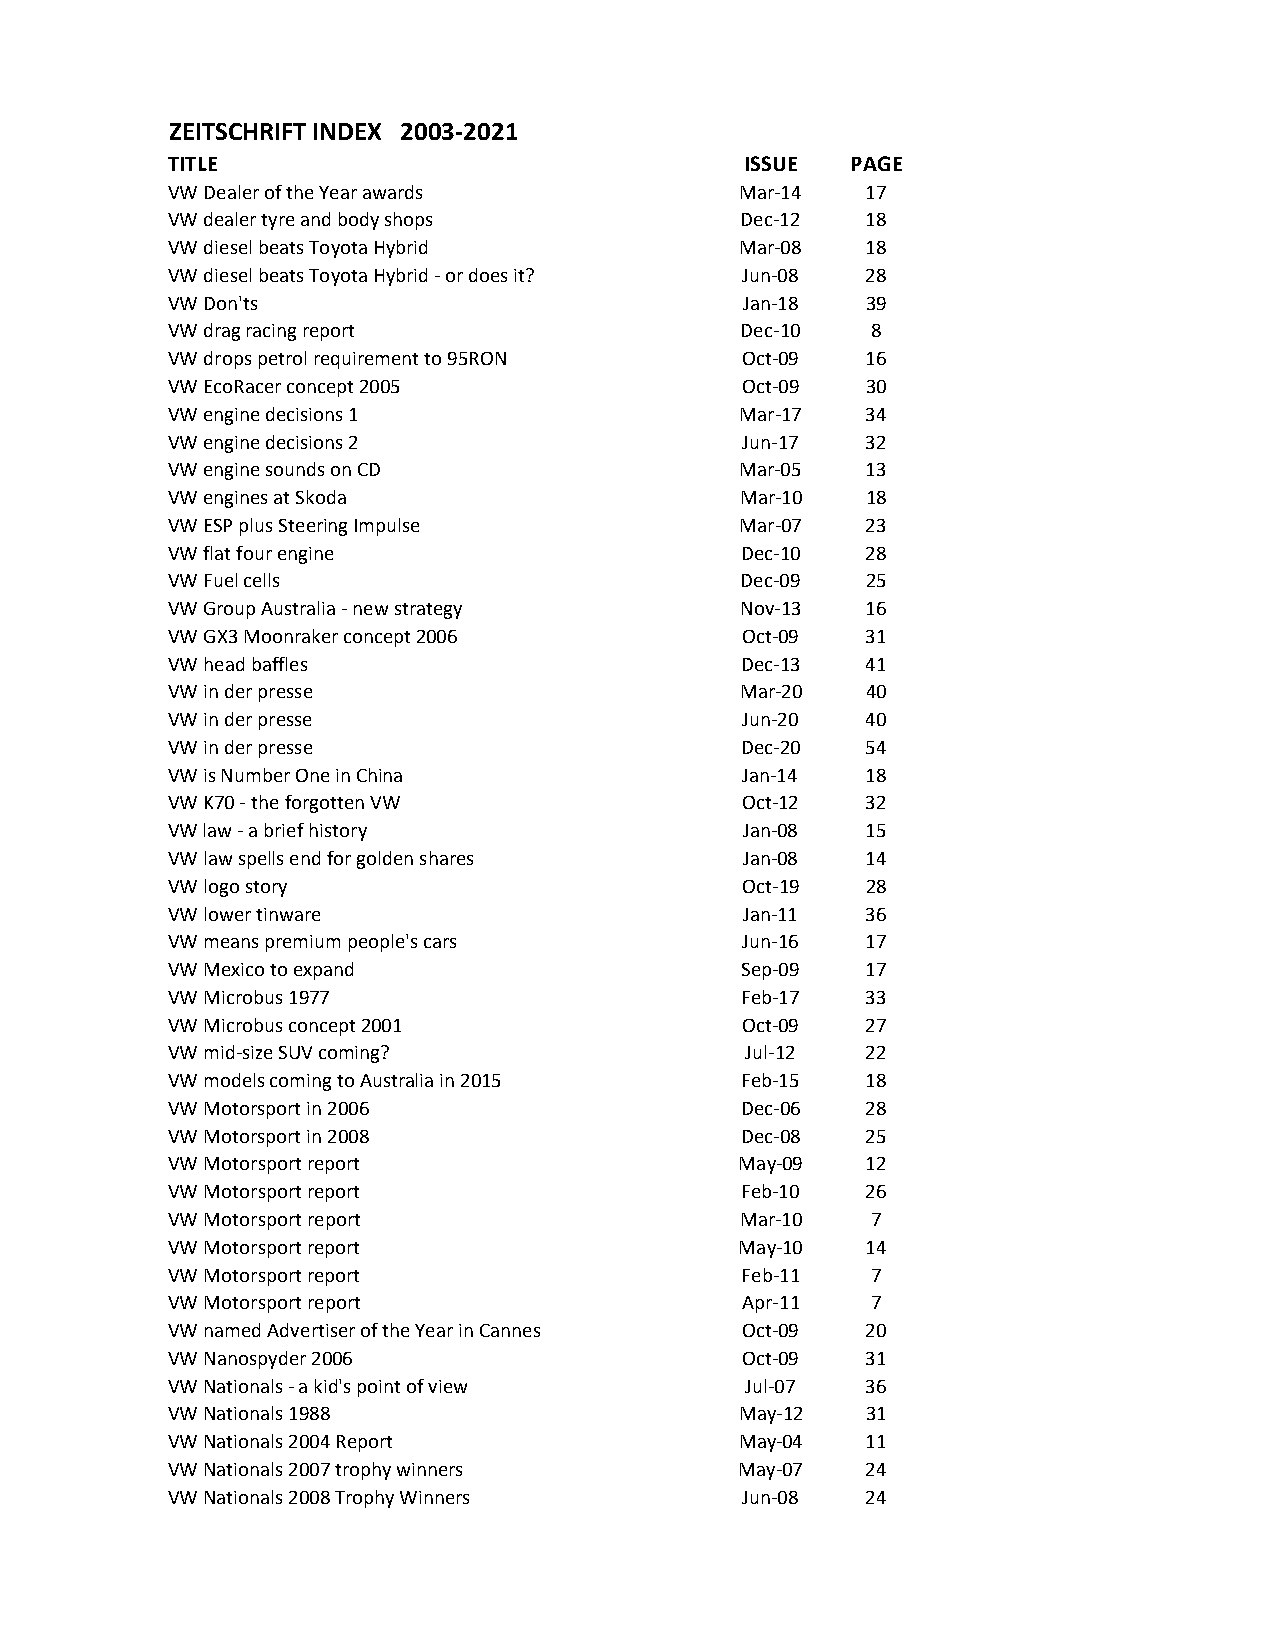
ZEITSCHRIFT INDEX 2003-2021
 TITLE                                 ISSUE  PAGE
 VW Dealer of the Year awards          Mar-14  17
 VW dealer tyre and body shops         Dec-12  18
 VW diesel beats Toyota Hybrid         Mar-08  18
 VW diesel beats Toyota Hybrid - or does it? Jun-08 28
 VW Don'ts                             Jan-18  39
 VW drag racing report                 Dec-10   8
 VW drops petrol requirement to 95RON  Oct-09  16
 VW EcoRacer concept 2005              Oct-09  30
 VW engine decisions 1                 Mar-17  34
 VW engine decisions 2                 Jun-17  32
 VW engine sounds on CD                Mar-05  13
 VW engines at Skoda                   Mar-10  18
 VW ESP plus Steering Impulse          Mar-07  23
 VW flat four engine                   Dec-10  28
 VW Fuel cells                         Dec-09  25
 VW Group Australia - new strategy     Nov-13  16
 VW GX3 Moonraker concept 2006         Oct-09  31
 VW head baffles                       Dec-13  41
 VW in der presse                      Mar-20  40
 VW in der presse                      Jun-20  40
 VW in der presse                      Dec-20  54
 VW is Number One in China             Jan-14  18
 VW K70 - the forgotten VW             Oct-12  32
 VW law - a brief history              Jan-08  15
 VW law spells end for golden shares   Jan-08  14
 VW logo story                         Oct-19  28
 VW lower tinware                      Jan-11  36
 VW means premium people's cars        Jun-16  17
 VW Mexico to expand                   Sep-09  17
 VW Microbus 1977                      Feb-17  33
 VW Microbus concept 2001              Oct-09  27
 VW mid-size SUV coming?               Jul-12  22
 VW models coming to Australia in 2015 Feb-15  18
 VW Motorsport in 2006                 Dec-06  28
 VW Motorsport in 2008                 Dec-08  25
 VW Motorsport report                  May-09  12
 VW Motorsport report                  Feb-10  26
 VW Motorsport report                  Mar-10   7
 VW Motorsport report                  May-10  14
 VW Motorsport report                  Feb-11   7
 VW Motorsport report                  Apr-11   7
 VW named Advertiser of the Year in Cannes Oct-09 20
 VW Nanospyder 2006                    Oct-09  31
 VW Nationals - a kid's point of view  Jul-07  36
 VW Nationals 1988                     May-12  31
 VW Nationals 2004 Report              May-04  11
 VW Nationals 2007 trophy winners      May-07  24
 VW Nationals 2008 Trophy Winners      Jun-08  24